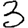
Digit: 3